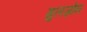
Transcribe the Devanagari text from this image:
गुलज़ोन